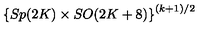
\left\{ S p ( 2 K ) \times S O ( 2 K + 8 ) \right\} ^ { ( k + 1 ) / 2 }